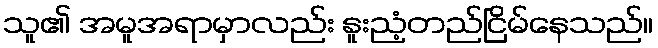
သူ၏ အမူအရာမှာလည်း နူးညံ့တည်ငြိမ်နေသည်။